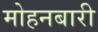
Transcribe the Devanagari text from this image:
मोहनबारी